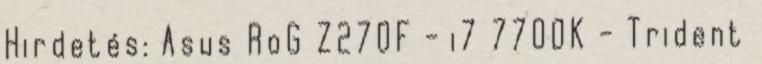
Hirdetés: Asus RoG Z270F - i7 7700K - Trident